Indian journal of veterinary science and animal husbandry - Volume 4,
Year: 1934
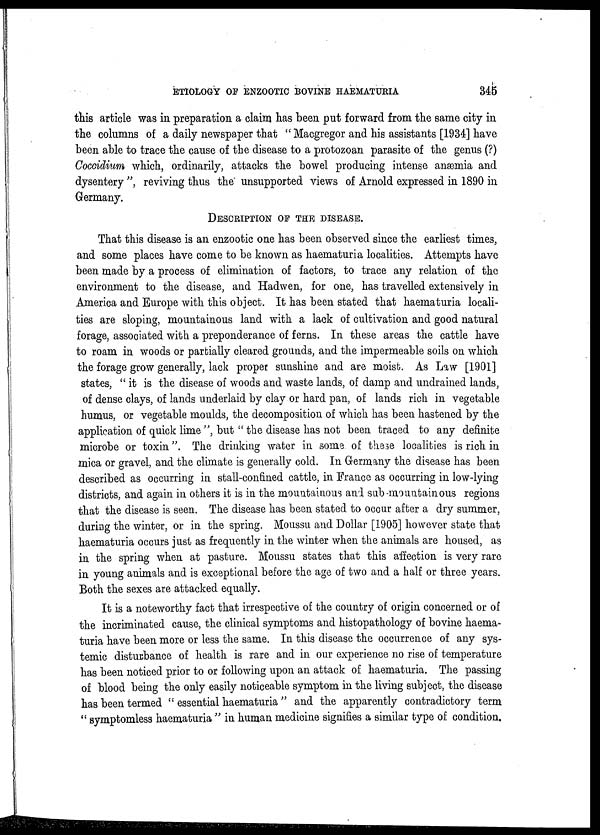
ETIOLOGY OF ENZOOTIC BOVINE HAEMATURIA
345
this article was in preparation a claim has been put forward from the same city in
the columns of a daily newspaper that " Macgregor and his assistants [1934] have
been able to trace the cause of the disease to a protozoan parasite of the genus (?)
Coccidium which, ordinarily, attacks the bowel producing intense anæmia and
dysentery ", reviving thus the unsupported views of Arnold expressed in 1890 in
Germany.
DESCRIPTION OF THE DISEASE.
That this disease is an enzootic one has been observed since the earliest times,
and some places have come to be known as haematuria localities. Attempts have
been made by a process of elimination of factors, to trace any relation of the
environment to the disease, and Hadwen, for one, has travelled extensively in
.America and Europe with this object. It has been stated that haematuria locali-
ties are sloping, mountainous land with a lack of cultivation and good natural
forage, associated with a preponderance of ferns. In these areas the cattle have
to roam in woods or partially cleared grounds, and the impermeable soils on which
the forage grow generally, lack proper sunshine and are moist. As Law [1901]
states, " it is the disease of woods and waste lands, of damp and undrained lands,
of dense clays, of lands underlaid by clay or hard pan, of lands rich in vegetable
humus, or vegetable moulds, the decomposition of which has been hastened by the
application of quick lime ", but " the disease has not been traced to any definite
microbe or toxin". The drinking water in some of these localities is rich in
mica or gravel, and the climate is generally cold. In Germany the disease has been
described as occurring in stall-confined cattle, in France as occurring in low-lying
districts, and again in others it is in the mountainous and sub-mountainous regions
that the disease is seen. The disease has been stated to occur after a dry summer,
during the winter, or in the spring. Moussu and Dollar [1905] however state that
haematuria occurs just as frequently in the winter when the animals are housed, as
in the spring when at pasture. Moussu states that this affection is very rare
in young animals and is exceptional before the age of two and a half or three years.
Both the sexes are attacked equally.
It is a noteworthy fact that irrespective of the country of origin concerned or of
the incriminated cause, the clinical symptoms and histopathology of bovine haema-
turia have been more or less the same. In this disease the occurrence of any sys-
temic disturbance of health is rare and in our experience no rise of temperature
has been noticed prior to or following upon an attack of haematuria. The passing
of blood being the only easily noticeable symptom in the living subject, the disease
has been termed " essential haematuria " and the apparently contradictory term
" symptomless haematuria " in human medicine signifies a similar type of condition.